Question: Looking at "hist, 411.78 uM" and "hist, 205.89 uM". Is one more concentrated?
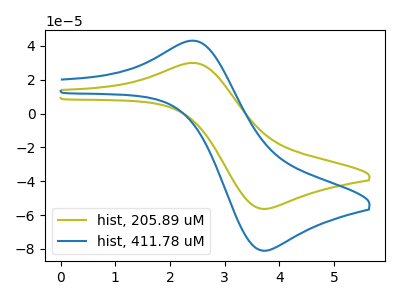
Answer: <think>The olive curve "hist, 205.89 uM" has an anodic peak at (2.45V, 29.90uA) and a cathodic peak at (3.70V, -56.35uA). The blue curve "hist, 411.78 uM" has an anodic peak at (2.45V, 43.00uA) and a cathodic peak at (3.70V, -81.10uA).
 All the peaks in "hist, 411.78 uM" have a peak in "hist, 205.89 uM" at the same potential. Every peak in "hist, 411.78 uM" is higher than every peak in "hist, 205.89 uM".</think>
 <answer>"hist, 411.78 uM" has more signal than "hist, 205.89 uM" and so likely has a higher concentration.</answer>
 <eval>more_concentration</eval>